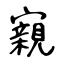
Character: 寴